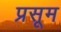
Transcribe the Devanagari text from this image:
प्रसूम